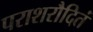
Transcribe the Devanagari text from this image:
पराशरौदितं